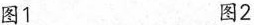
图1 图2